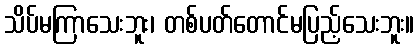
သိပ်မကြာသေးဘူး၊ တစ်ပတ်တောင်မပြည့်သေးဘူး။